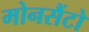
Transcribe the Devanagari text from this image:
मोनसैंटो